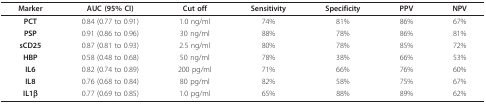
<table><thead><tr><td><b>Marker</b></td><td><b>AUC (95% CI)</b></td><td><b>Cut off</b></td><td><b>Sensitivity</b></td><td><b>Specificity</b></td><td><b>PPV</b></td><td><b>NPV</b></td></tr></thead><tbody><tr><td><b>PCT</b></td><td>0.84 (0.77 to 0.91)</td><td>1.0 ng/ml</td><td>74%</td><td>81%</td><td>86%</td><td>67%</td></tr><tr><td><b>PSP</b></td><td>0.91 (0.86 to 0.96)</td><td>30 ng/ml</td><td>88%</td><td>78%</td><td>86%</td><td>81%</td></tr><tr><td><b>sCD25</b></td><td>0.87 (0.81 to 0.93)</td><td>2.5 ng/ml</td><td>80%</td><td>78%</td><td>85%</td><td>72%</td></tr><tr><td><b>HBP</b></td><td>0.58 (0.48 to 0.68)</td><td>50 ng/ml</td><td>78%</td><td>38%</td><td>66%</td><td>53%</td></tr><tr><td><b>IL6</b></td><td>0.82 (0.74 to 0.89)</td><td>200 pg/ml</td><td>71%</td><td>66%</td><td>76%</td><td>60%</td></tr><tr><td><b>IL8</b></td><td>0.76 (0.68 to 0.84)</td><td>80 pg/ml</td><td>82%</td><td>58%</td><td>75%</td><td>67%</td></tr><tr><td><b>IL1β</b></td><td>0.77 (0.69 to 0.85)</td><td>1.0 pg/ml</td><td>65%</td><td>88%</td><td>89%</td><td>62%</td></tr></tbody></table>